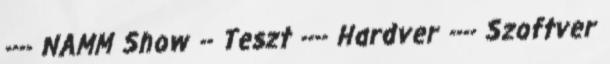
---- NAMM Show -- Teszt ---- Hardver ---- Szoftver